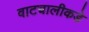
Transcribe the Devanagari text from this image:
वाटचालीकडे